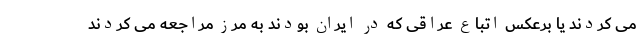
می کردند یا برعکس اتباع عراقی که در ایران بودند به مرز مراجعه می کردند